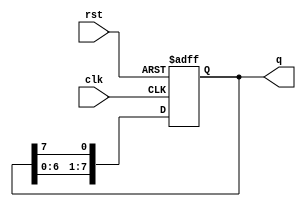
`timescale 1ns / 1ps
//////////////////////////////////////////////////////////////////////////////////
// Company: 
// Engineer: 
// 
// Design Name: 
// Module Name: pre_lab3_2
// Project Name: 
// Target Devices: 
// Tool Versions: 
// Description: 
// 
// Dependencies: 
// 
// Revision:
// Revision 0.01 - File Created
// Additional Comments:
// 
//////////////////////////////////////////////////////////////////////////////////


module shift_reg(q,clk,rst);
    input clk, rst;
    output [7:0]q;
    reg [7:0]q;

always@(posedge clk or posedge rst)
    if(rst) 
        begin
            q[7]<=1;
            q[6]<=0;
            q[5]<=1;
            q[4]<=0;
            q[3]<=1;
            q[2]<=0;
            q[1]<=1;
            q[0]<=0;
        end
    else
        begin
            q[7]<=q[6];
            q[6]<=q[5];
            q[5]<=q[4];
            q[4]<=q[3];
            q[3]<=q[2];
            q[2]<=q[1];
            q[1]<=q[0];
            q[0]<=q[7];
        end

endmodule